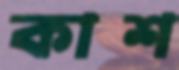
কাশ